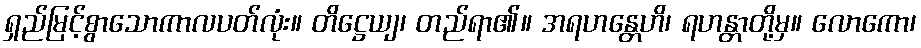
ရှည်မြင့်စွာသောကာလပတ်လုံး။ တိဋ္ဌေယျ၊ တည်ရာ၏။ အရဟန္တေဟိ၊ ရဟန္တာတို့မှ။ လောကော၊